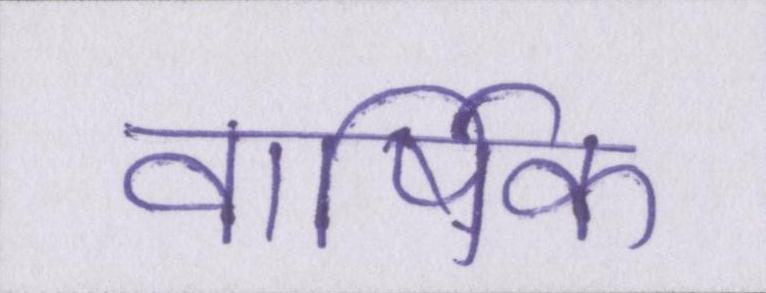
वार्षिक